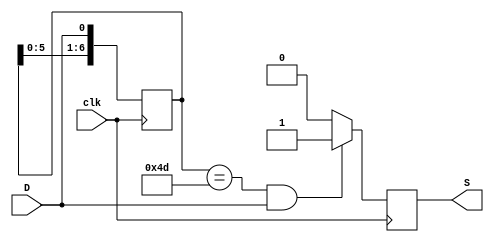
module Probe(D,S,clk);
  input wire D,clk;
  output reg S;
  reg [7:0]temp;
  initial 
  begin
  S<=0;
  temp<=8'd0;
  end
  always@(posedge clk)
  begin
    temp[6]<=temp[5];
    temp[5]<=temp[4];
    temp[4]<=temp[3];
    temp[3]<=temp[2];
    temp[2]<=temp[1];
    temp[1]<=temp[0];
    temp[0]<=D;
    if(temp==7'b1001101&&D==1) S<=1;
    else S<=0;
  end
endmodule